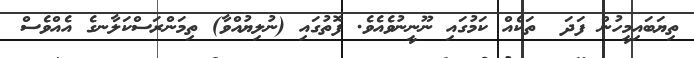
ތިޔަބައިމީހުން ފަދަ  ތަކެއް ކަމުގައި ނޫޫނީނުވެއެވެ. ފޮތުގައި (ނުލިޔުއްވާ) ތިމަންރަސްކަލާނގެ އެއްވެސް